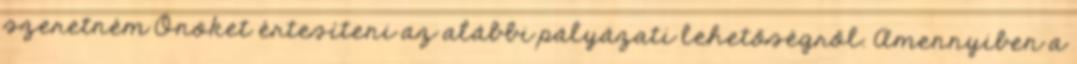
szeretném Önöket értesíteni az alábbi pályázati lehetőségről. Amennyiben a